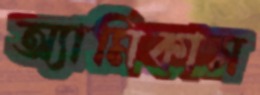
অ্যামিকাস